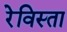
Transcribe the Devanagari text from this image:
रेविस्ता